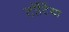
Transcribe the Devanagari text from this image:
टॉर्टिया